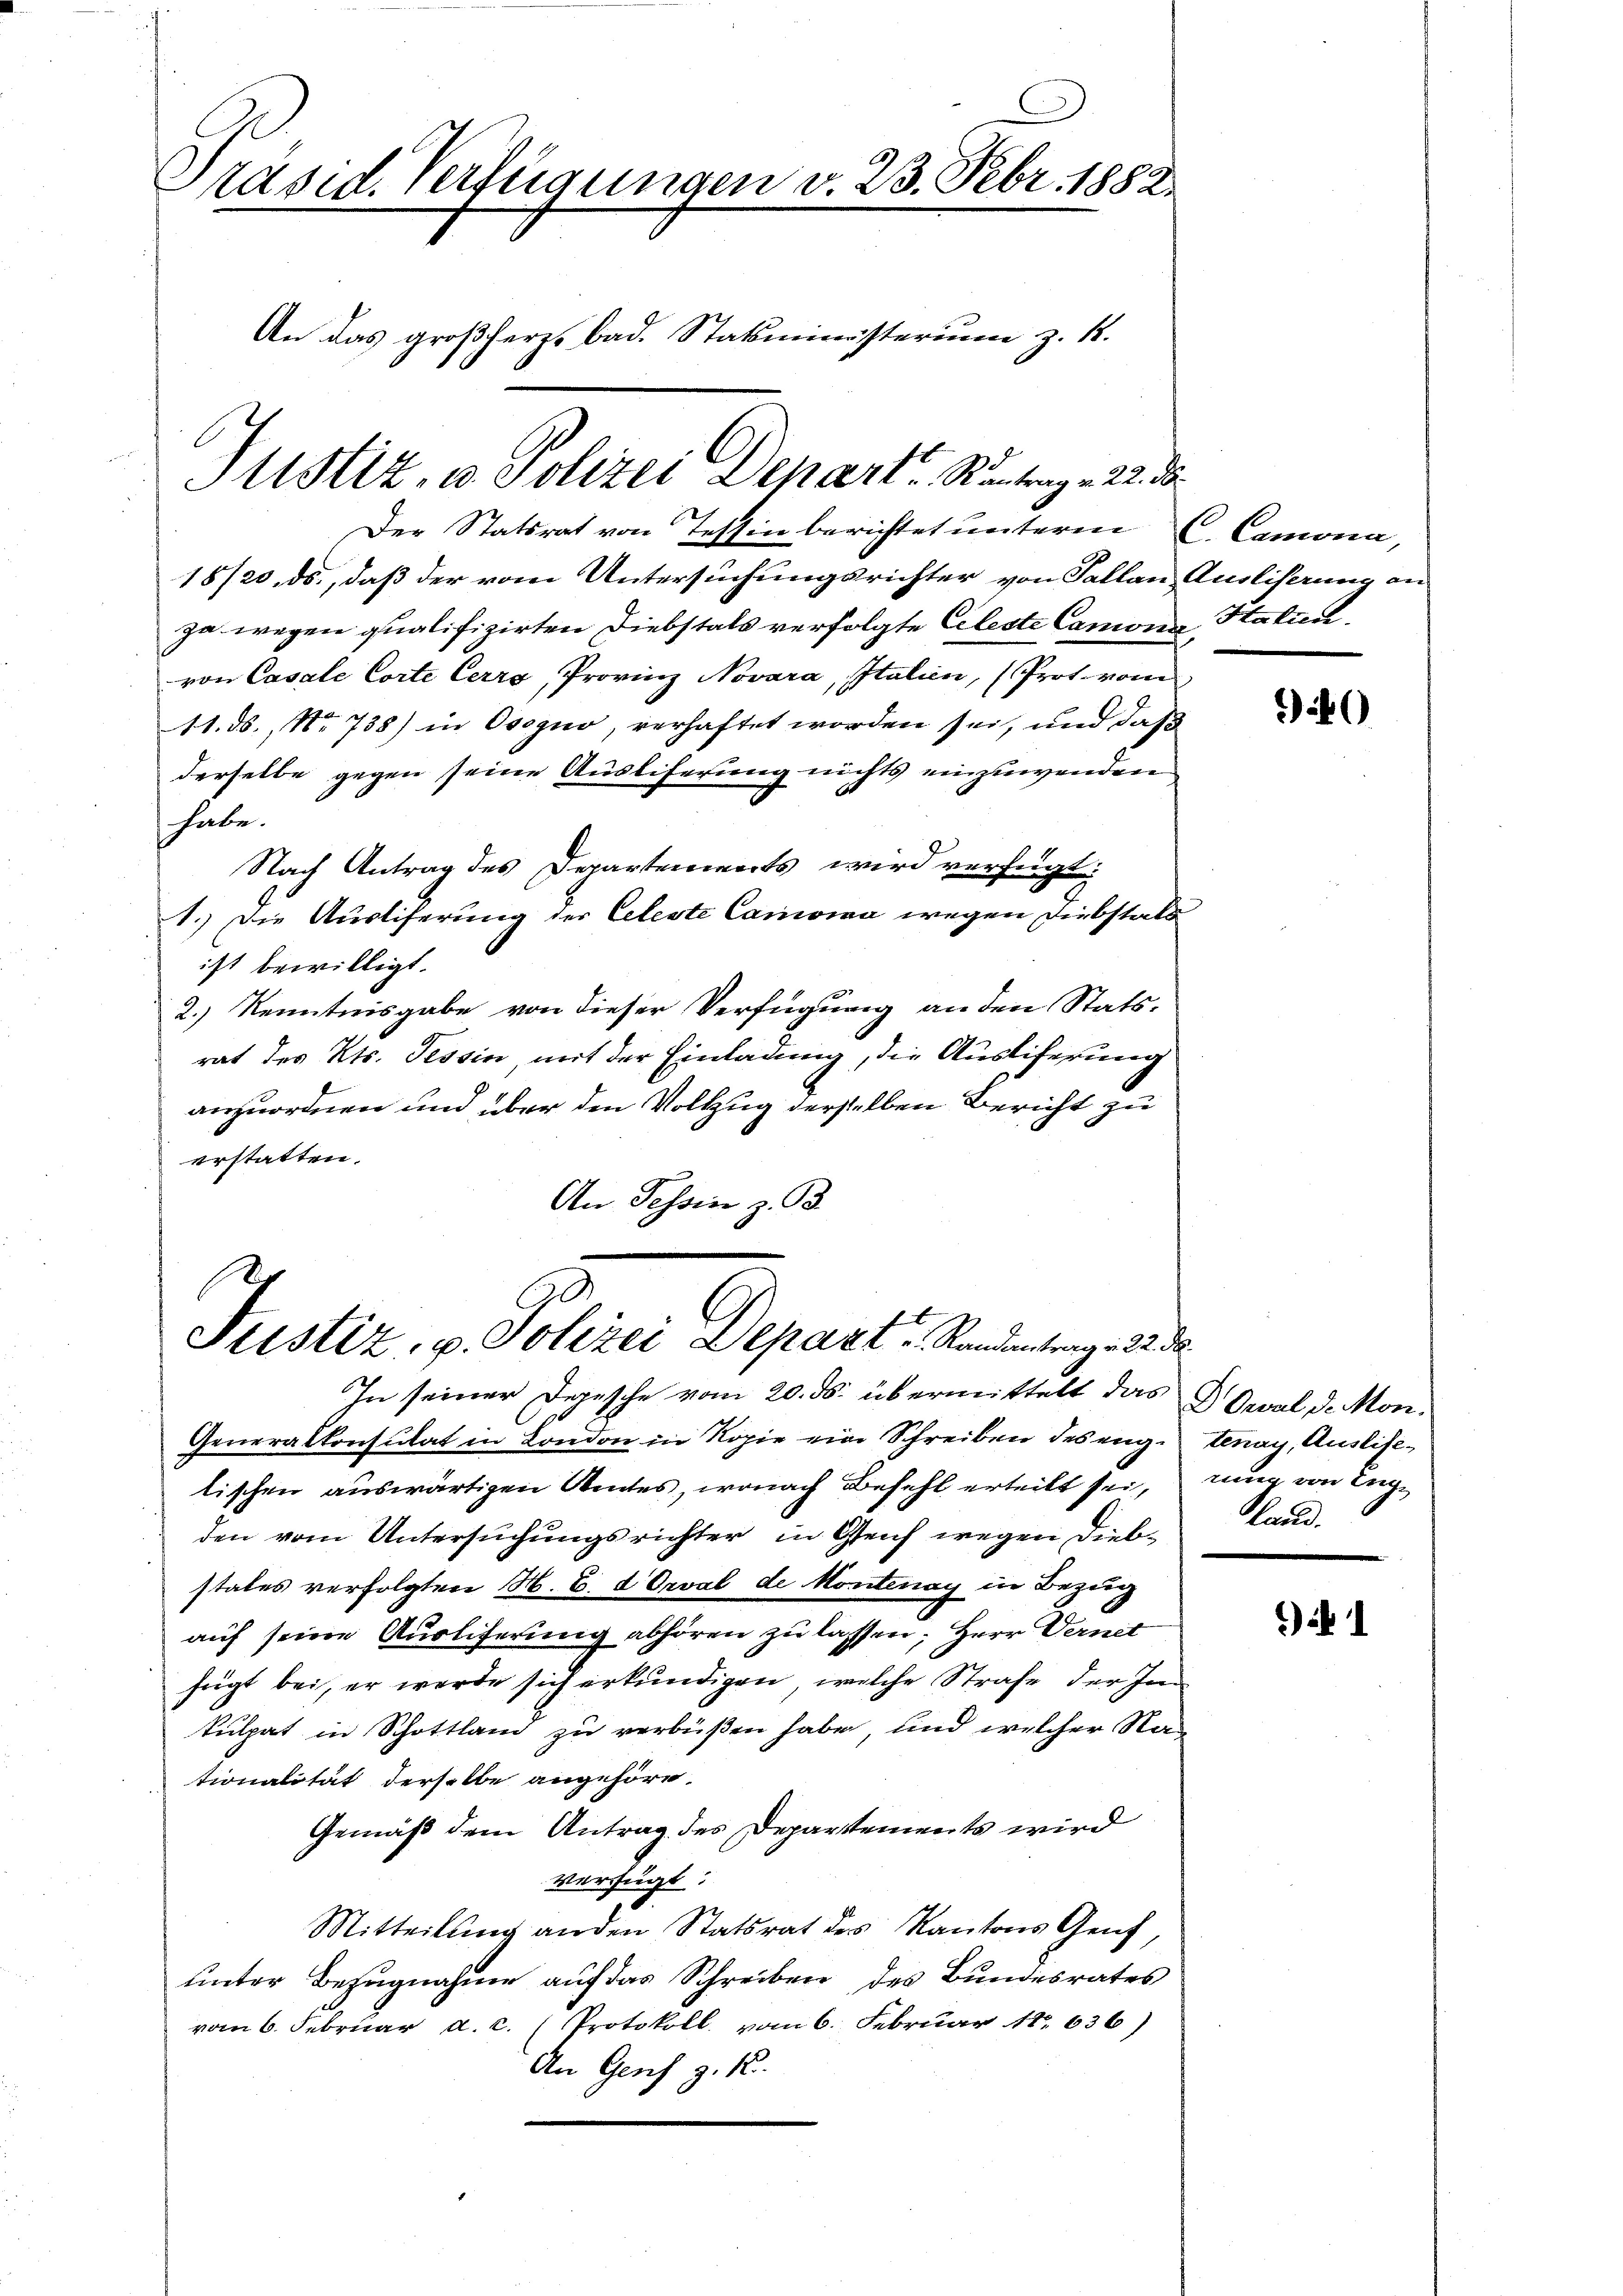
Präsid. Verfügungen v. 23. Febr. 1882.
An das großherz bad. Statsministerium z. 1.

Der Statsrat von Tessin berichtet unterm C. Camona,
18/20. ds., daß der vom Untersuchungsrichter von Fallen Ausliserung an
za wegen qualifizirten Diebstals verfolgte Celeste Camona, Hatteil,
von Casale Corte Cerro, Provinz Novara, Italien, (Prot. vom
11. ds., No 738) in Osogno, verhaftet worden sei, und daß
derselbe gegen seine Ausliferung nichts einzuwenden
habe.
Nach Antrag des Departenwarts wird verfügt:
1.) Die Ausliferung der Celeste Canowa wegen Diebstals
ist bewilligt.
2.) Kenntnisgabe von dieser Verfügung an den Statsrat des Kts. Tessin, mit der Einladung, die Austiferung
anzuordnen und über den Vollzug derselben Bericht zu
erstatten.
An Tessin z. B.

Justiz, u. Polizei Departe Kontrag. 22. d.

Justiz, v. Polizei Depart, Standentenge 2.

In seiner Depesche vom 20. ds. übermittelt das Real, d. Mon¬
Generalkonsulat in London in Kopie eine Schreiben des engutenay, Auslielischen auswärtigen Amtes, wonach Befehl erteilt sei,
den vom Untersuchungsrichter in Genf wegen Diebstates verfolgten M. B. d. Orval de Montenay in Bezug
auf seine Ausliferung abhören zu lassen, Herr Vernet
fügt bei, er werde sich erkundigen, welche Strafe der Im
kulpat in Schottland zu verbüßen habe, und welcher Nationalität derselbe angehöre,
Gemäß dem Antrag des Departemente wird
Verfügt:
Mitteilung anden Statsrat des Kantons Genf,
unter Bezugnahme auf das Schreiben des Bundesrates
vom 6. Februar a.c. (Protokoll vom 6. Februar 18. 636)
An Genf z. B.

0

¬
rung von Enge
Land.

) 1